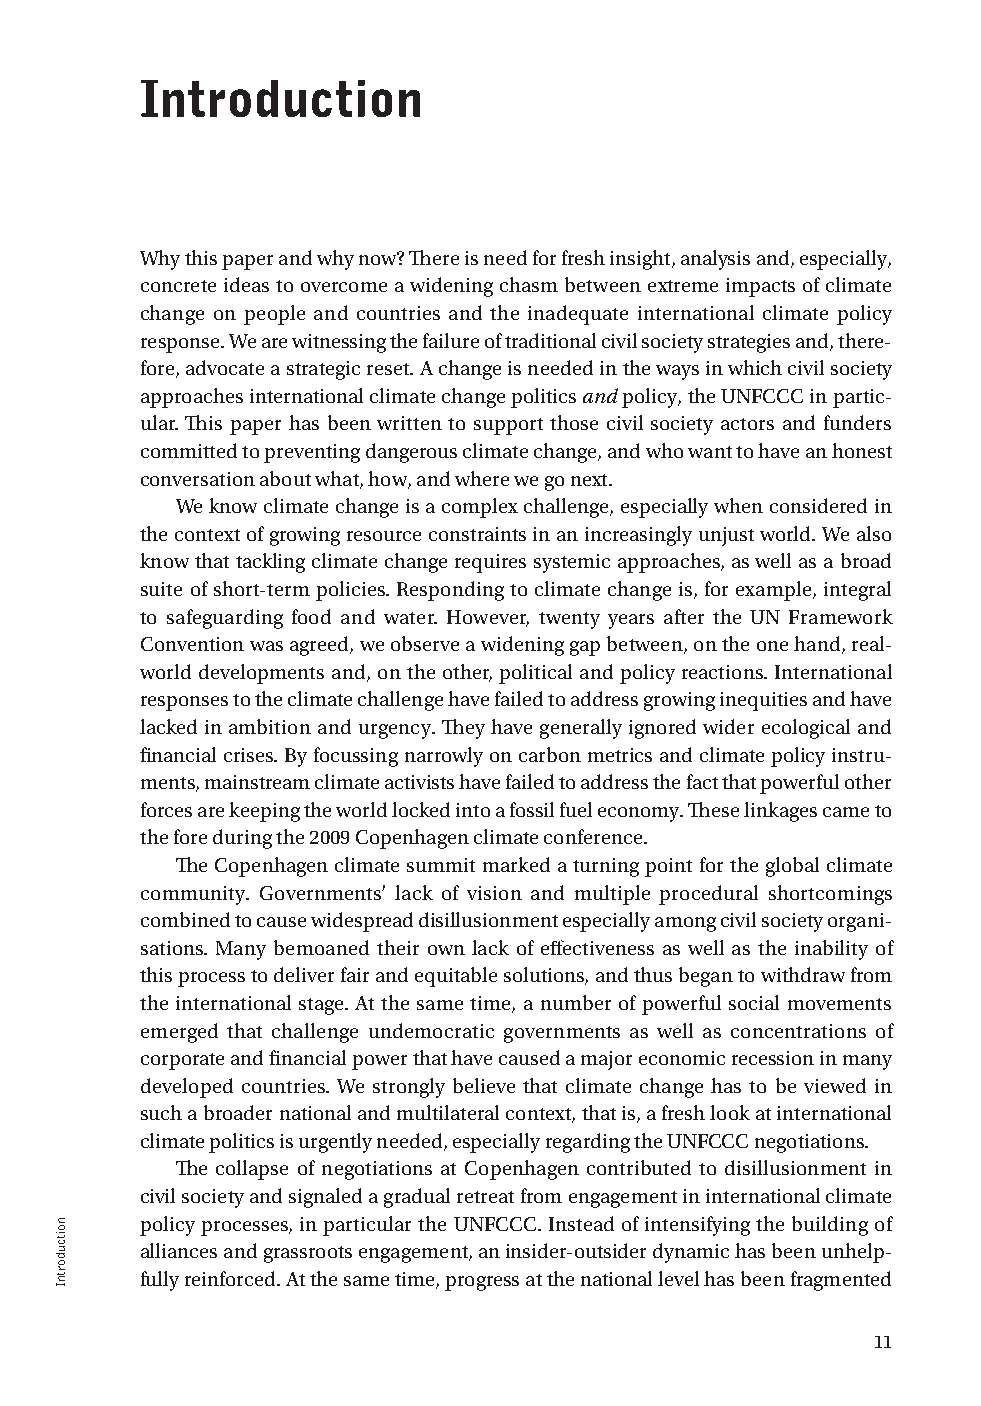
Introduction
 Why this paper and why now? There is need for fresh insight, analysis and, especially,
 concrete ideas to overcome a widening chasm between extreme impacts of climate
 change on people and countries and the inadequate international climate policy
 response. We are witnessing the failure of traditional civil society strategies and, there-
 fore, advocate a strategic reset. A change is needed in the ways in which civil society
 approaches international climate change politics and policy, the UNFCCC in partic-
 ular. This paper has been written to support those civil society actors and funders
 committed to preventing dangerous climate change, and who want to have an honest
 conversation about what, how, and where we go next.
 We know climate change is a complex challenge, especially when considered in
 the context of growing resource constraints in an increasingly unjust world. We also
 know that tackling climate change requires systemic approaches, as well as a broad
 suite of short-term policies. Responding to climate change is, for example, integral
 to safeguarding food and water. However, twenty years after the UN Framework
 Convention was agreed, we observe a widening gap between, on the one hand, real-
 world developments and, on the other, political and policy reactions. International
 responses to the climate challenge have failed to address growing inequities and have
 lacked in ambition and urgency. They have generally ignored wider ecological and
 financial crises. By focussing narrowly on carbon metrics and climate policy instru-
 ments, mainstream climate activists have failed to address the fact that powerful other
 forces are keeping the world locked into a fossil fuel economy. These linkages came to
 the fore during the 2009 Copenhagen climate conference.
 The Copenhagen climate summit marked a turning point for the global climate
 community. Governments’ lack of vision and multiple procedural shortcomings
 combined to cause widespread disillusionment especially among civil society organi-
 sations. Many bemoaned their own lack of effectiveness as well as the inability of
 this process to deliver fair and equitable solutions, and thus began to withdraw from
 the international stage. At the same time, a number of powerful social movements
 emerged that challenge undemocratic governments as well as concentrations of
 corporate and financial power that have caused a major economic recession in many
 developed countries. We strongly believe that climate change has to be viewed in
 such a broader national and multilateral context, that is, a fresh look at international
 climate politics is urgently needed, especially regarding the UNFCCC negotiations.
 The collapse of negotiations at Copenhagen contributed to disillusionment in
 civil society and signaled a gradual retreat from engagement in international climate
 policy processes, in particular the UNFCCC. Instead of intensifying the building of
 alliances and grassroots engagement, an insider-outsider dynamic has been unhelp-
 fully reinforced. At the same time, progress at the national level has been fragmented
 11
 noitcudortnI